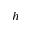
h